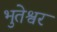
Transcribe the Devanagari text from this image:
भुतेश्वर